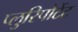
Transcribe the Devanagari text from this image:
प्लुरिपोटेंट